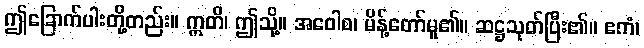
ဤခြောက်ပါးတို့တည်း။ ဣတိ၊ ဤသို့။ အဝေါစ၊ မိန့်တော်မူ၏။ ဆဋ္ဌသုတ်ပြီး၏။ ဧကံ၊